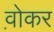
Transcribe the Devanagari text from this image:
व़ोकर